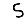
Digit: 5